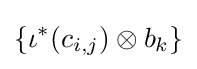
\{\iota ^{*}(c_{i,j})\otimes b_{k}\}